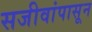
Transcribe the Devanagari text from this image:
सजीवांपासून